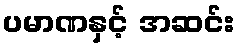
ပမာဏနှင့် အဆင်း